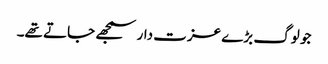
جو لوگ بڑے عزت دار سمجھے جاتے تھے۔